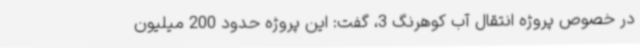
در خصوص پروژه انتقال آب کوهرنگ 3، گفت: این پروژه حدود 200 میلیون